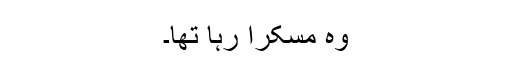
وہ مسکرا رہا تھا۔